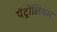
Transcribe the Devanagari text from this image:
पॅट्रोलियम